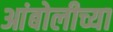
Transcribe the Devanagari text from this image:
आंबोलीच्या